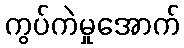
ကွပ်ကဲမှုအောက်